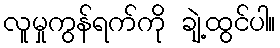
လူမှုကွန်ရက်ကို ချဲ့ထွင်ပါ။